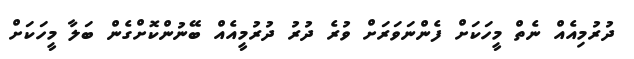
ދުރުމިއެއް ނެތް މީހަކަށް ފެންނަވަރަށް ވުރެ ދުރު ދުރުމީއެއް ބޭނުންކޮށްގެން ބަލާ މީހަކަށް